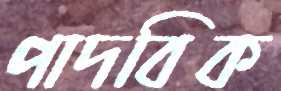
পাদবিক